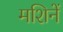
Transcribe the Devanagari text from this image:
मशिनें